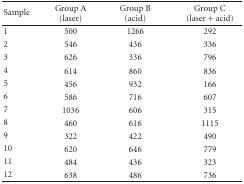
<table><thead><tr><td><b>Sample</b></td><td><b>Group A(laser)</b></td><td><b>Group B(acid)</b></td><td><b>Group C(laser + acid)</b></td></tr></thead><tbody><tr><td>1</td><td>500</td><td>1266</td><td>292</td></tr><tr><td>2</td><td>546</td><td>436</td><td>336</td></tr><tr><td>3</td><td>626</td><td>336</td><td>796</td></tr><tr><td>4</td><td>614</td><td>860</td><td>836</td></tr><tr><td>5</td><td>456</td><td>932</td><td>166</td></tr><tr><td>6</td><td>586</td><td>716</td><td>607</td></tr><tr><td>7</td><td>1036</td><td>606</td><td>315</td></tr><tr><td>8</td><td>460</td><td>616</td><td>1115</td></tr><tr><td>9</td><td>322</td><td>422</td><td>490</td></tr><tr><td>10</td><td>620</td><td>646</td><td>779</td></tr><tr><td>11</td><td>484</td><td>436</td><td>323</td></tr><tr><td>12</td><td>638</td><td>486</td><td>736</td></tr></tbody></table>